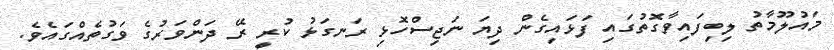
މައުލޫމާތު ލިބިފައިވާގޮތުގައި ފަޅައިގެން ދިޔަ ނަޖިސްހޮޅި ރަނގަޅު ކުރީ ރޭ ދަންވަރުގެ ވަގުތެއްގައެވެ.